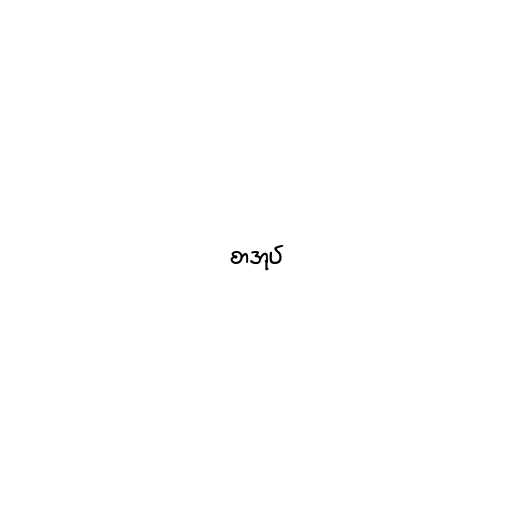
စာအုပ်